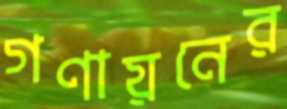
গণায়নের